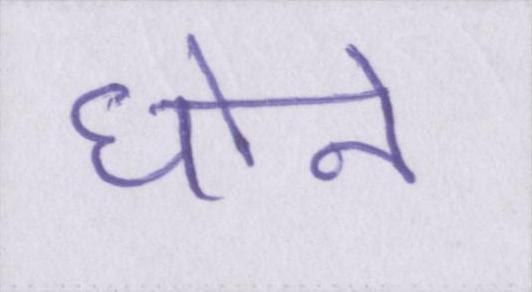
धोने